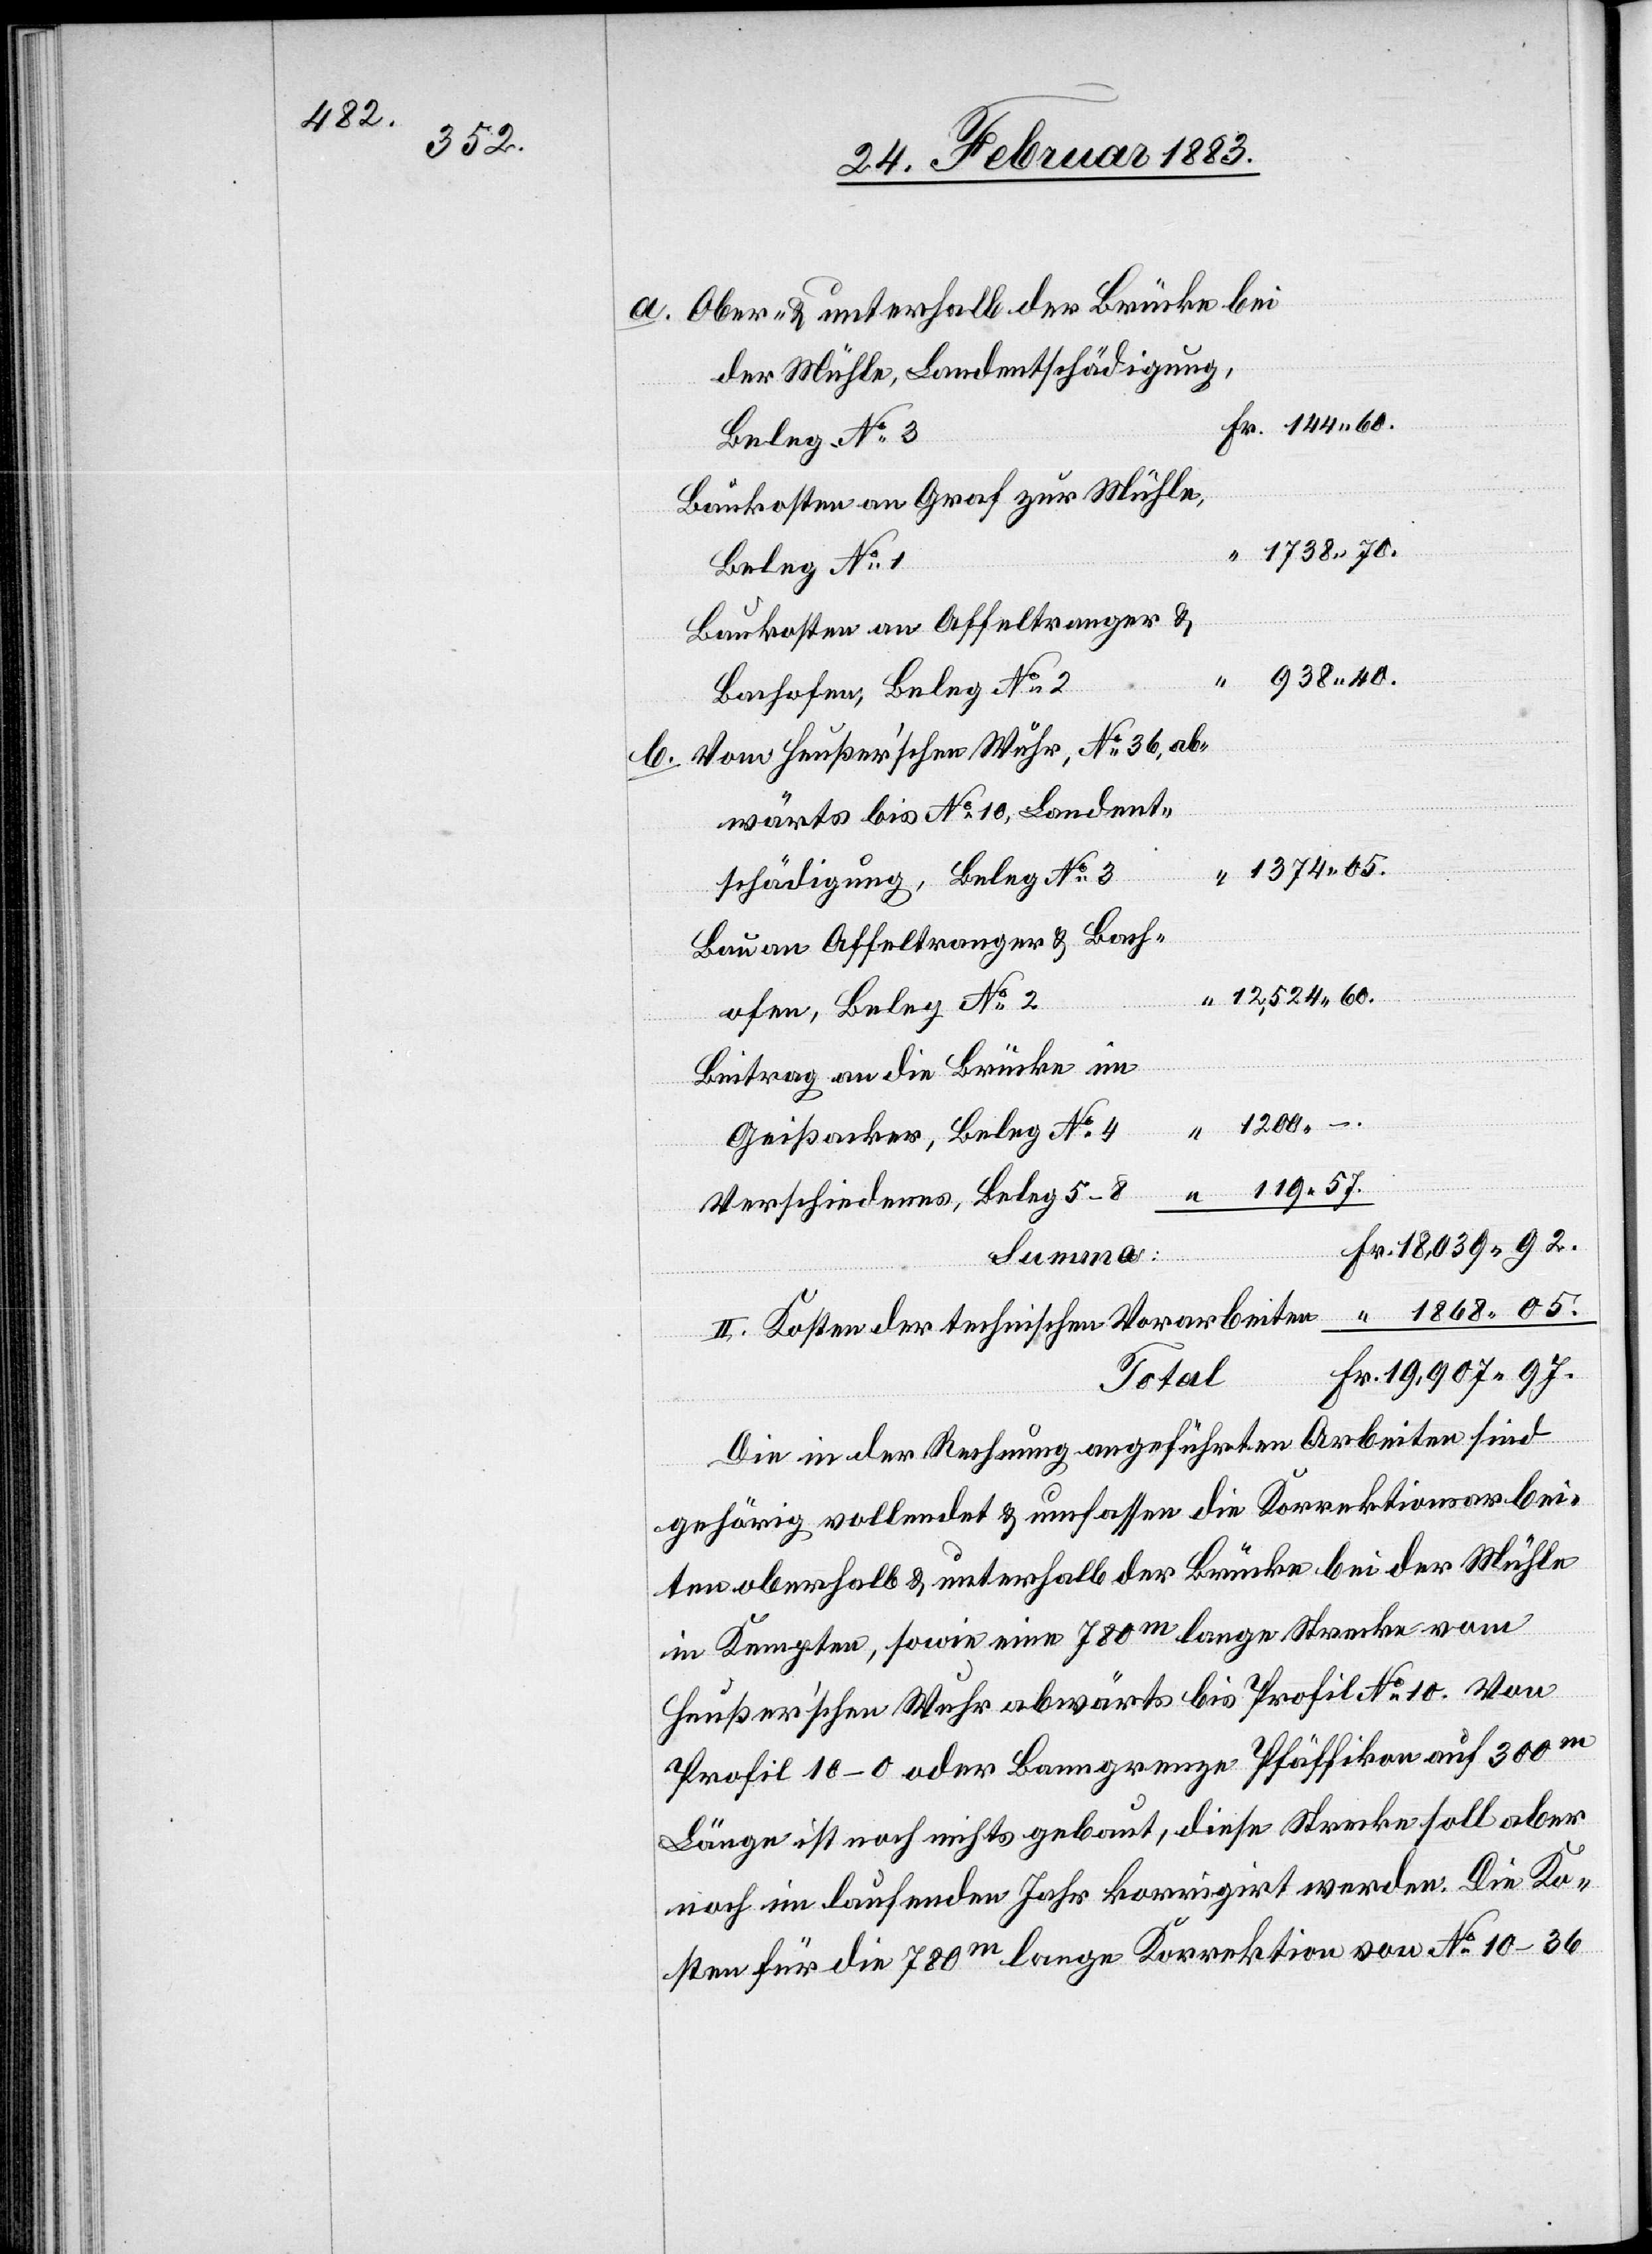
57.

Ober- & unterhalb der Brücke bei
der Mühle, Landentschädigung,
Beleg No 3
Baukosten an Graf zur Mühle,
1738 70.
Beleg No 1
Baukosten an Affeltranger &
938 40.
119
Bachofen, Beleg No 2
Vom Heußerʼschen Wuhr, No 36, ab¬
wärts bis No 10, Landent¬
1374 05.
schädigung, Beleg No 3
Bau an Affeltranger & Bach¬
12,524 60.
ofen, Beleg No 2
Beitrag an die Brücke im
1200. –
Geißacker, Beleg No 4
Verschiedenes, Beleg 5–8
18,039 92.
Fr.
Vorabreiten
Total
Die in der Rechnung angeführten Arbeiten sind
gehörig vollendet & umfassen die Korrektionsarbei¬
ten oberhalb & unterhalb der Brücke bei der Mühle
in Kempten, sowie eine 780m lange Strecke vom
Heußerʼschen Wuhr abwärts bis Profil No 10. Von
Profil 10–0 oder Banngrenze Pfäffikon auf 300m
Länge ist noch nichts gebaut, diese Strecke soll aber
noch im laufenden Jahr korrigirt werden. Die Ko¬
sten für die 780m lange Korrektion von No 10–36